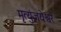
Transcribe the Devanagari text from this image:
मृत्युंजयेश्वर